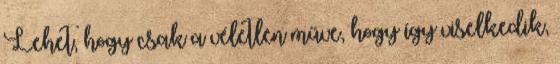
Lehet, hogy csak a véletlen műve, hogy így viselkedik,